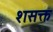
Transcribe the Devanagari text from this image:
शसक्त